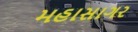
મહાસાગર